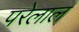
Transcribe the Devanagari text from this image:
परेलाल